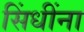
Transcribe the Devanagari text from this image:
सिंधींना